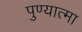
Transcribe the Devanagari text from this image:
पुण्‍यात्‍मा